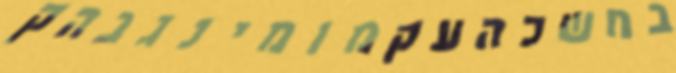
בחשכהעקמומינגבהק